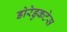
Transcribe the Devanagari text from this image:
डोरेडुकटेस